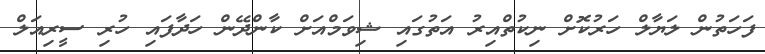
ފަހަތުން ލަޔާލް ހަރުކޮށް ނިކުތްއިރު އަތުގައި ޝިވަމްއަށް ކާންދޭން ހަދާފައި ހުރި ސީރިއަލް